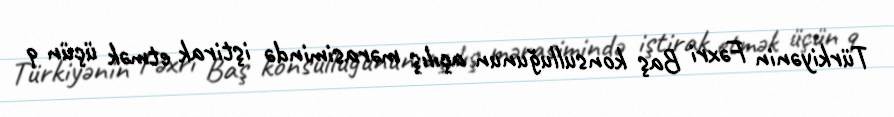
Türkiyənin Fəxri Baş konsulluğunun açılış mərasimində iştirak etmək üçün 9